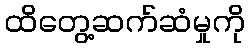
ထိတွေ့ဆက်ဆံမှုကို